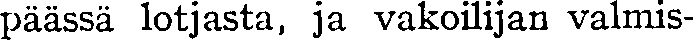
päässä lotjasta, ja vakoilijan valmis-